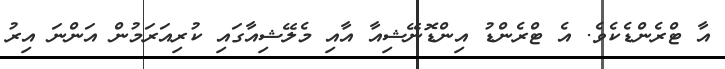
އާ ޓްރެންޑެކެވެެ. އެ ޓްރެންޑު އިންޑޮނޭޝިއާ އާއި މެލޭޝިއާގައި ކުރިއަރަމުން އަންނަ އިރު